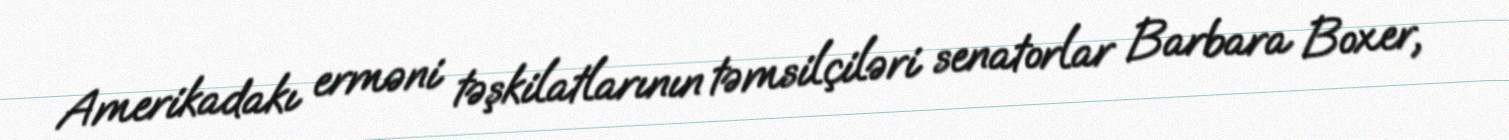
Amerikadakı erməni təşkilatlarının təmsilçiləri senatorlar Barbara Boxer,